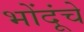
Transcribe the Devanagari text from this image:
भोंदूंचे